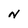
Character: N